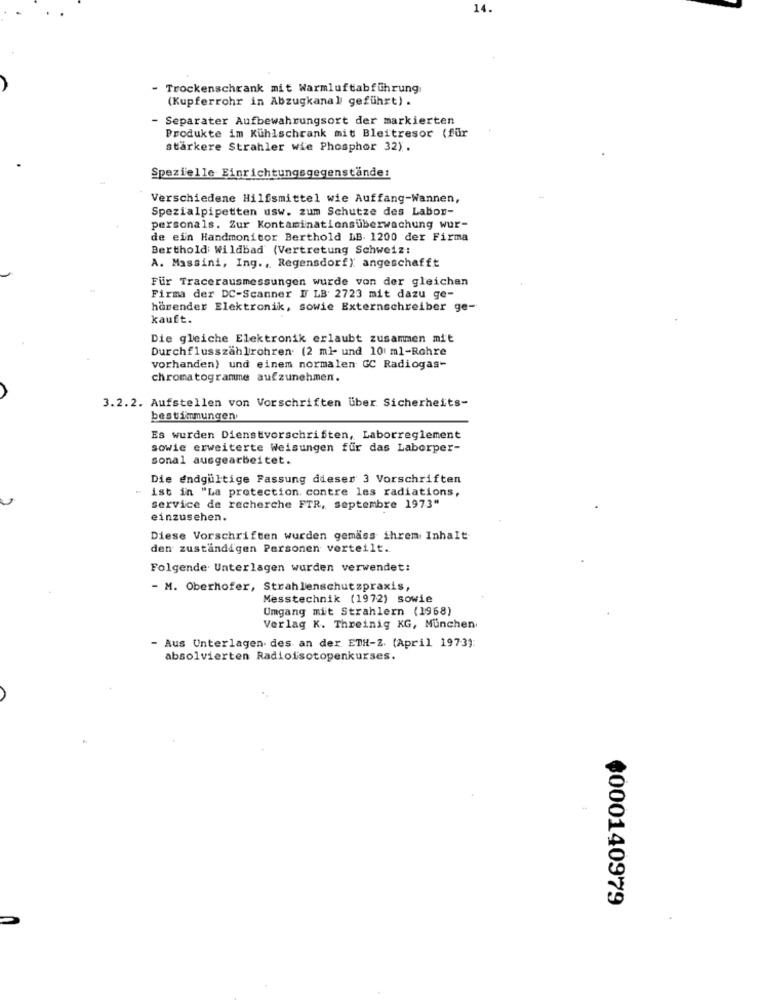
14.
- Trockenschrank mit Warmluftabführung
(Kupferrohr in Abzugkanal geführt) .
- Separater Aufbewahrungsort der markierten
Produkte im Kühlschrank mit Bleitresor (für
stärkere Strahler wie Phosphor 32).
Spezielle Einrichtungsgegenstände:
Verschiedene Hilfsmittel wie Auffang-Wannen,
Spezialpipetten usw. zum Schutze des Labon-
personals. Zur Kontaminationsüberwachung wur-
de ein Handmonitor Berthold LB. 1200 der Firma
Berthold Wildbad (Vertretung Schweiz:
A. Massini, Ing ., Regensdorf) angeschafft
Für Tracerausmessungen wurde von der gleichen
Firma der DC-Scanner I LB: 2723 mit dazu ge-
hörender Elektronik, sowie Externschreiber ge-
kauft.
Die gleiche Elektronik erlaubt zusammen mit
Durchflusszählrohren. (2 ml- und 10 ml-Rohre
vorhanden) und einem normalen GC Radiogas-
chromatogramme aufzunehmen.
3.2.2. Aufstellen von Vorschriften über Sicherheits-
bestimmungen
Es wurden Dienstvorschriften, Laborreglement
sowie erweiterte Weisungen für das Laborper-
sonal ausgearbeitet.
Die endgültige Fassung dieser 3 Vorschriften
ist in "La protection contre les radiations,
service de recherche FTR, septembre 1973"
einzusehen.
Diese Vorschriften wurden gemäss ihrem Inhalt
den zuständigen Personen verteilt.
Folgende Unterlagen wurden verwendet:
- M. Oberhofer, Strahlenschutzpraxis,
Messtechnik (1972) sowie
Umgang mit Strahlern (1968)
Verlag K. Threinig KG, Munchen
- Aus Unterlagen des an der ETH-2. (April 1973):
absolvierten Radioisotopenkurses.
000140979